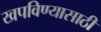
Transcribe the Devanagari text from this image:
खपविण्यासाठी